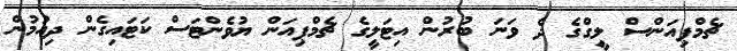
ޗެމްޕިއަންސް ލީގްގެ ދެ ވަނަ ބުރުން އިޓަލީގެ ޗެމްޕިއަން ޔުވެންޓަސް ކަޓައިގެން ދިއުމުން